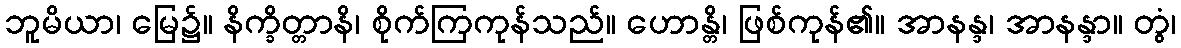
ဘူမိယာ၊ မြေ၌။ နိက္ခိတ္တာနိ၊ စိုက်ကြကုန်သည်။ ဟောန္တိ၊ ဖြစ်ကုန်၏။ အာနန္ဒ၊ အာနန္ဒာ။ တွံ၊